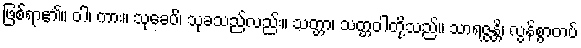
ဖြစ်ရာ၏။ ဝါ၊ ကား။ သုခေပိ၊ သုခသည်လည်း။ သတ္တာ၊ သတ္တဝါတို့သည်။ သာရဇ္ဇန္တိ၊ လွန်စွာတပ်